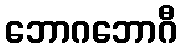
ဘောဂဘောဂီ